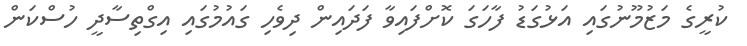
ކުރީގެ މަޒުމޫނުގައި އަޅުގަޑު ފާހަގަ ކޮށްފައިވާ ފަދައިން ދިވެހި ގައުމުގައި އިގްތިސާދީ ހުސްކަން